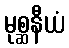
မုစ္ဆနီယံ